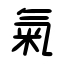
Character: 氣